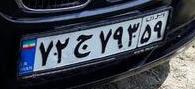
۷۲ج۷۹۳۵۹